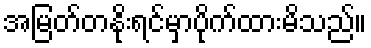
အမြတ်တနိုးရင်မှာပိုက်ထားမိသည်။